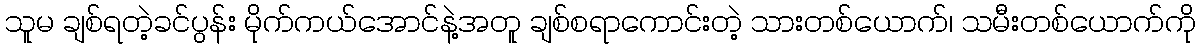
သူမ ချစ်ရတဲ့ခင်ပွန်း မိုက်ကယ်အောင်နဲ့အတူ ချစ်စရာကောင်းတဲ့ သားတစ်ယောက်၊ သမီးတစ်ယောက်ကို